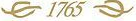
1765